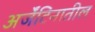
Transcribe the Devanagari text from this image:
अर्जेंटिनातील